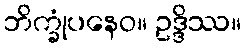
ဘိက္ခုံပနေဝ။ ဥဒ္ဒိဿ။